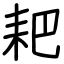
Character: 耙